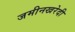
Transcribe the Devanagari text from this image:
जमीनखरेदी